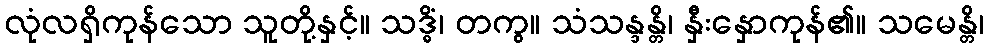
လုံလရှိကုန်သော သူတို့နှင့်။ သဒ္ဓိံ၊ တကွ။ သံသန္ဒန္တိ၊ နှီးနှောကုန်၏။ သမေန္တိ၊